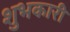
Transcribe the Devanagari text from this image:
शुभकारी